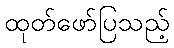
ထုတ်ဖော်ပြသည့်